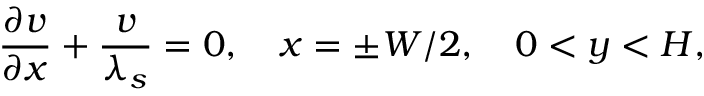
\frac { \partial v } { \partial x } + \frac { v } { \lambda _ { s } } = 0 , ~ ~ ~ x = \pm W / 2 , ~ ~ ~ 0 < y < H ,